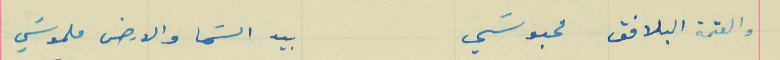
والعتمة البلافق محبوسَي                             بيد السَما والارض ملموسَي